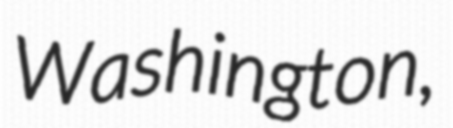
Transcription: Washington,